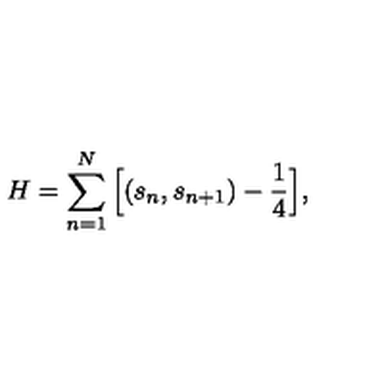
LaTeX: H = \sum _ { n = 1 } ^ { N } \Big [ ( s _ { n } , s _ { n + 1 } ) - \frac { 1 } { 4 } \Big ] ,